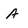
Character: A